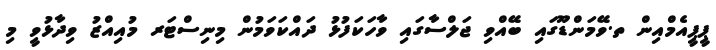
ޕީޕީއެމްއިން ތ.ވޭމަންޑޫގައި ބޭއްވި ޖަލްސާގައި ވާހަކަފުޅު ދައްކަވަމުން މިނިސްޓަރ މުއިއްޒު ވިދާޅުވީ މި